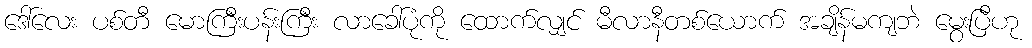
ဒေါ်လေး ပစ်တီ မောကြီးပန်းကြီး လာခေါ်ပုံကို ထောက်လျှင် မီလာနီတစ်ယောက် အချိန်မကျဘဲ မွေးပြီဟု